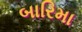
બારિમા